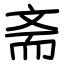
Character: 斋